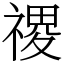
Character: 禝